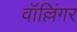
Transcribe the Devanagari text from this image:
वॉल्लिंगर